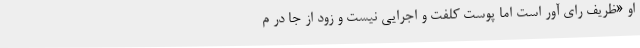
او «ظریف رای آور است اما پوست کلفت و اجرایی نیست و زود از جا در م